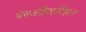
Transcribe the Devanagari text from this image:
भेषजक्रियाविज्ञान